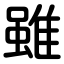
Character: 雖